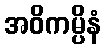
အဝိကမ္ပိနံ